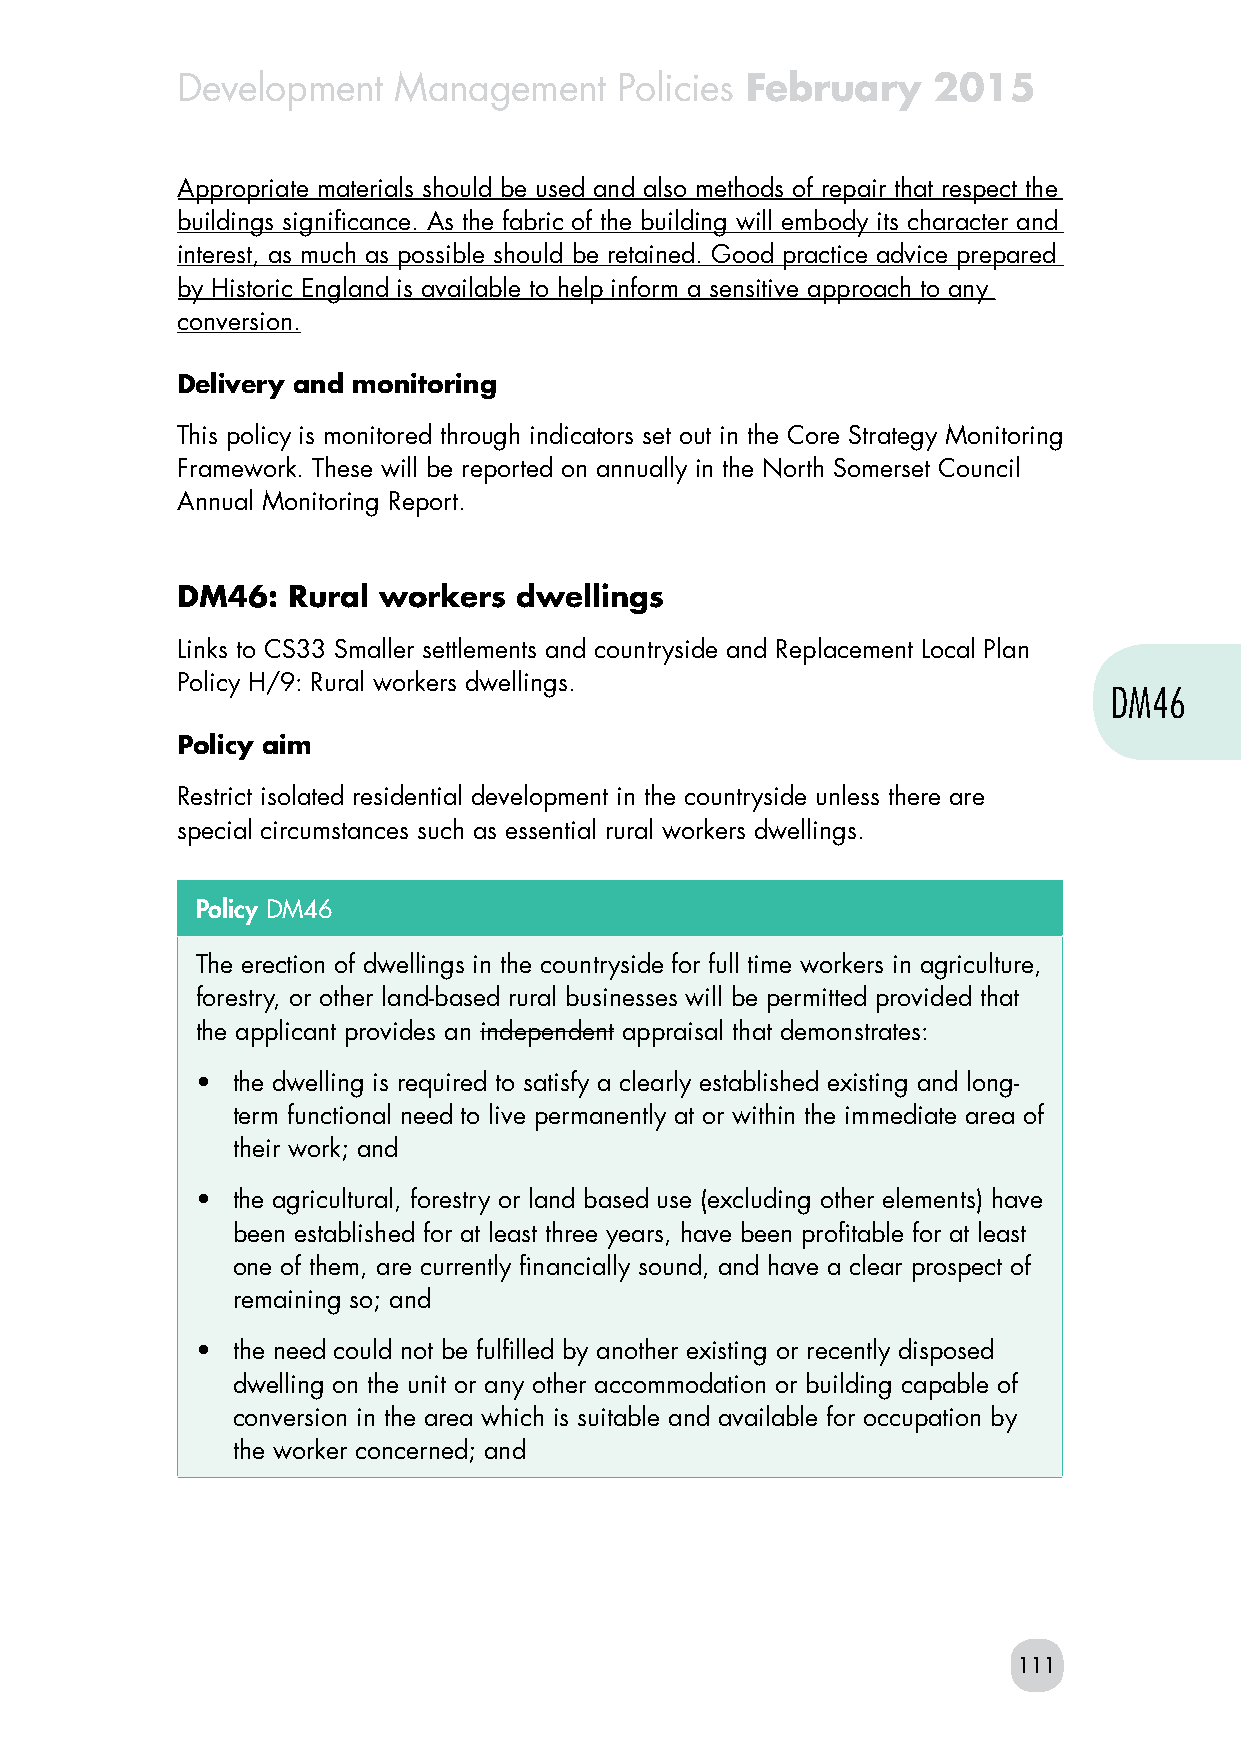
Development   Management     Policies February    2015
 Appropriate materials should be used and also methods of repair that respect the
 buildings significance. As the fabric of the building will embody its character and
 interest, as much as possible should be retained. Good practice advice prepared
 by Historic England is available to help inform a sensitive approach to any
 conversion.
 Delivery and monitoring
 This policy is monitored through indicators set out in the Core Strategy Monitoring
 Framework. These will be reported on annually in the North Somerset Council
 Annual Monitoring Report.
 DM46:  Rural workers  dwellings
 Links to CS33 Smaller settlements and countryside and Replacement Local Plan
 Policy H/9: Rural workers dwellings.
 DM46
 Policy aim
 Restrict isolated residential development in the countryside unless there are
 special circumstances such as essential rural workers dwellings.
 Policy DM46
 The erection of dwellings in the countryside for full time workers in agriculture,
 forestry, or other land-based rural businesses will be permitted provided that
 the applicant provides an independent appraisal that demonstrates:
 • the dwelling is required to satisfy a clearly established existing and long-
 term functional need to live permanently at or within the immediate area of
 their work; and
 • the agricultural, forestry or land based use (excluding other elements) have
 been established for at least three years, have been profitable for at least
 one of them, are currently financially sound, and have a clear prospect of
 remaining so; and
 • the need could not be fulfilled by another existing or recently disposed
 dwelling on the unit or any other accommodation or building capable of
 conversion in the area which is suitable and available for occupation by
 the worker concerned; and
 111